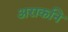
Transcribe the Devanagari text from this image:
अराकनि